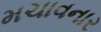
મચાવનાર